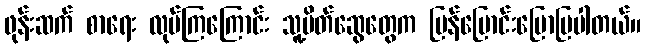
ဖုန်းဆက် စာရေး လုပ်ကြကြောင်း သူ့မိတ်ဆွေတွေက ပြန်ပြောင်းပြောပြပါတယ်။